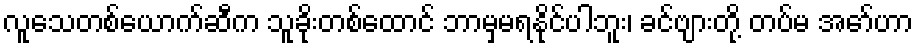
လူသေတစ်ယောက်ဆီက သူခိုးတစ်ထောင် ဘာမှမရနိုင်ပါဘူး၊ ခင်ဗျားတို့ တပ်မ အော်ဟာ